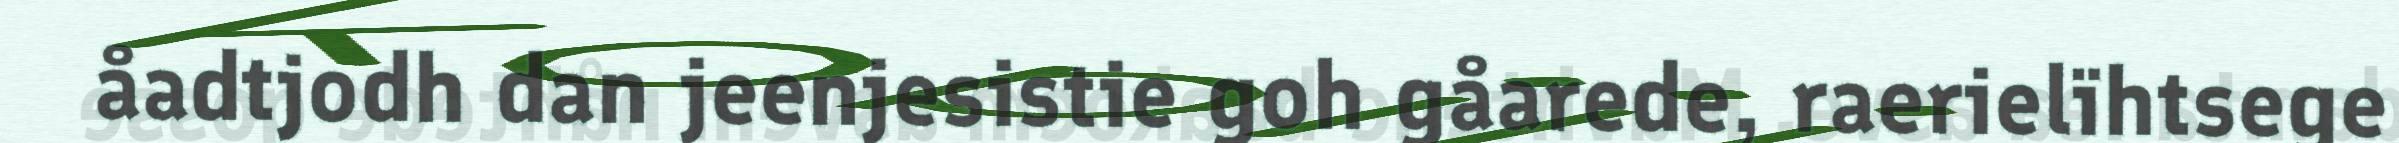
åadtjodh dan jeenjesistie goh gåarede, raerielïhtsege